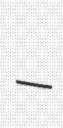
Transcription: –